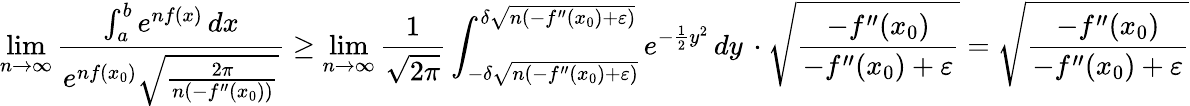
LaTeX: \operatorname*{lim}_{n\to\infty}{\frac{\int_{a}^{b}e^{nf(x)}\, dx}{e^{nf(x_{0})}{\sqrt{\frac{2\pi}{n(-f^{\prime\prime}(x_{0}))}}}}}\geq\operatorname*{lim}_{n\to\infty}{\frac{1}{\sqrt{2\pi}}}\int_{-\delta{\sqrt{n(-f^{\prime\prime}(x_{0})+\varepsilon)}}}^{\delta{\sqrt{n(-f^{\prime\prime}(x_{0})+\varepsilon)}}}e^{-{\frac{1}{2}}y^{2}}\, dy\, \cdot{\sqrt{\frac{-f^{\prime\prime}(x_{0})}{-f^{\prime\prime}(x_{0})+\varepsilon}}}={\sqrt{\frac{-f^{\prime\prime}(x_{0})}{-f^{\prime\prime}(x_{0})+\varepsilon}}}